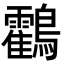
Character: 鸖